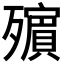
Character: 𣩵